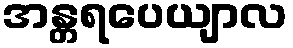
အန္တရပေယျာလ